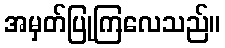
အမှတ်ပြုကြလေသည်။